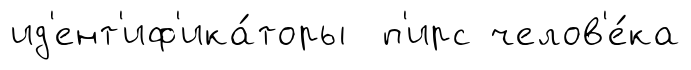
ид'ент'иф'ика́торы п'ирс челов'е́ка